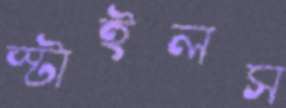
স্টাইলস